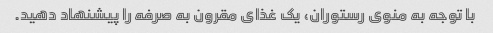
با توجه به منوی رستوران، یک غذای مقرون به صرفه را پیشنهاد دهید.